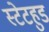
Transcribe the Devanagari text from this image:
स्टेटहुड